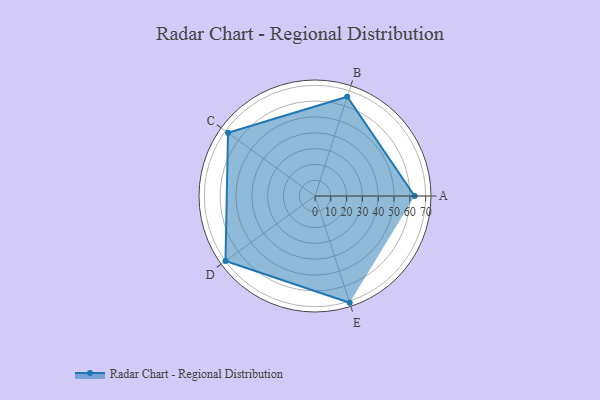
{"axis": {"x": "Skill", "y": "Score"}, "legend": ["Profile"], "data": [{"x": "A", "y": 63.0, "type": "Profile"}, {"x": "B", "y": 66.0, "type": "Profile"}, {"x": "C", "y": 68.0, "type": "Profile"}, {"x": "D", "y": 70.0, "type": "Profile"}, {"x": "E", "y": 71.0, "type": "Profile"}]}